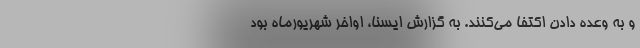
و به وعده دادن اکتفا می‌کنند. به گزارش ایسنا، اواخر شهریورماه بود